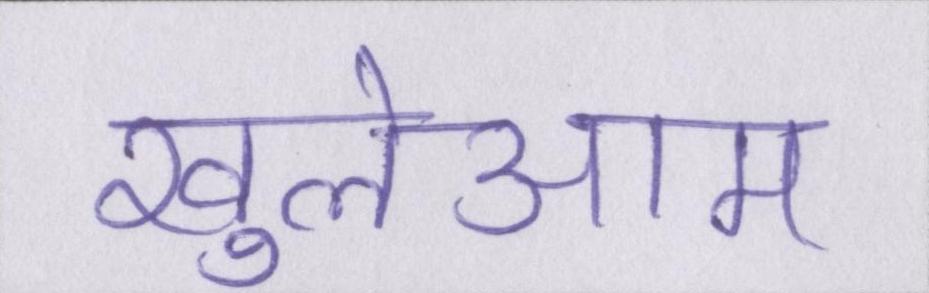
खुलेआम